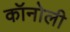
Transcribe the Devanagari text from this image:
कॉनोली